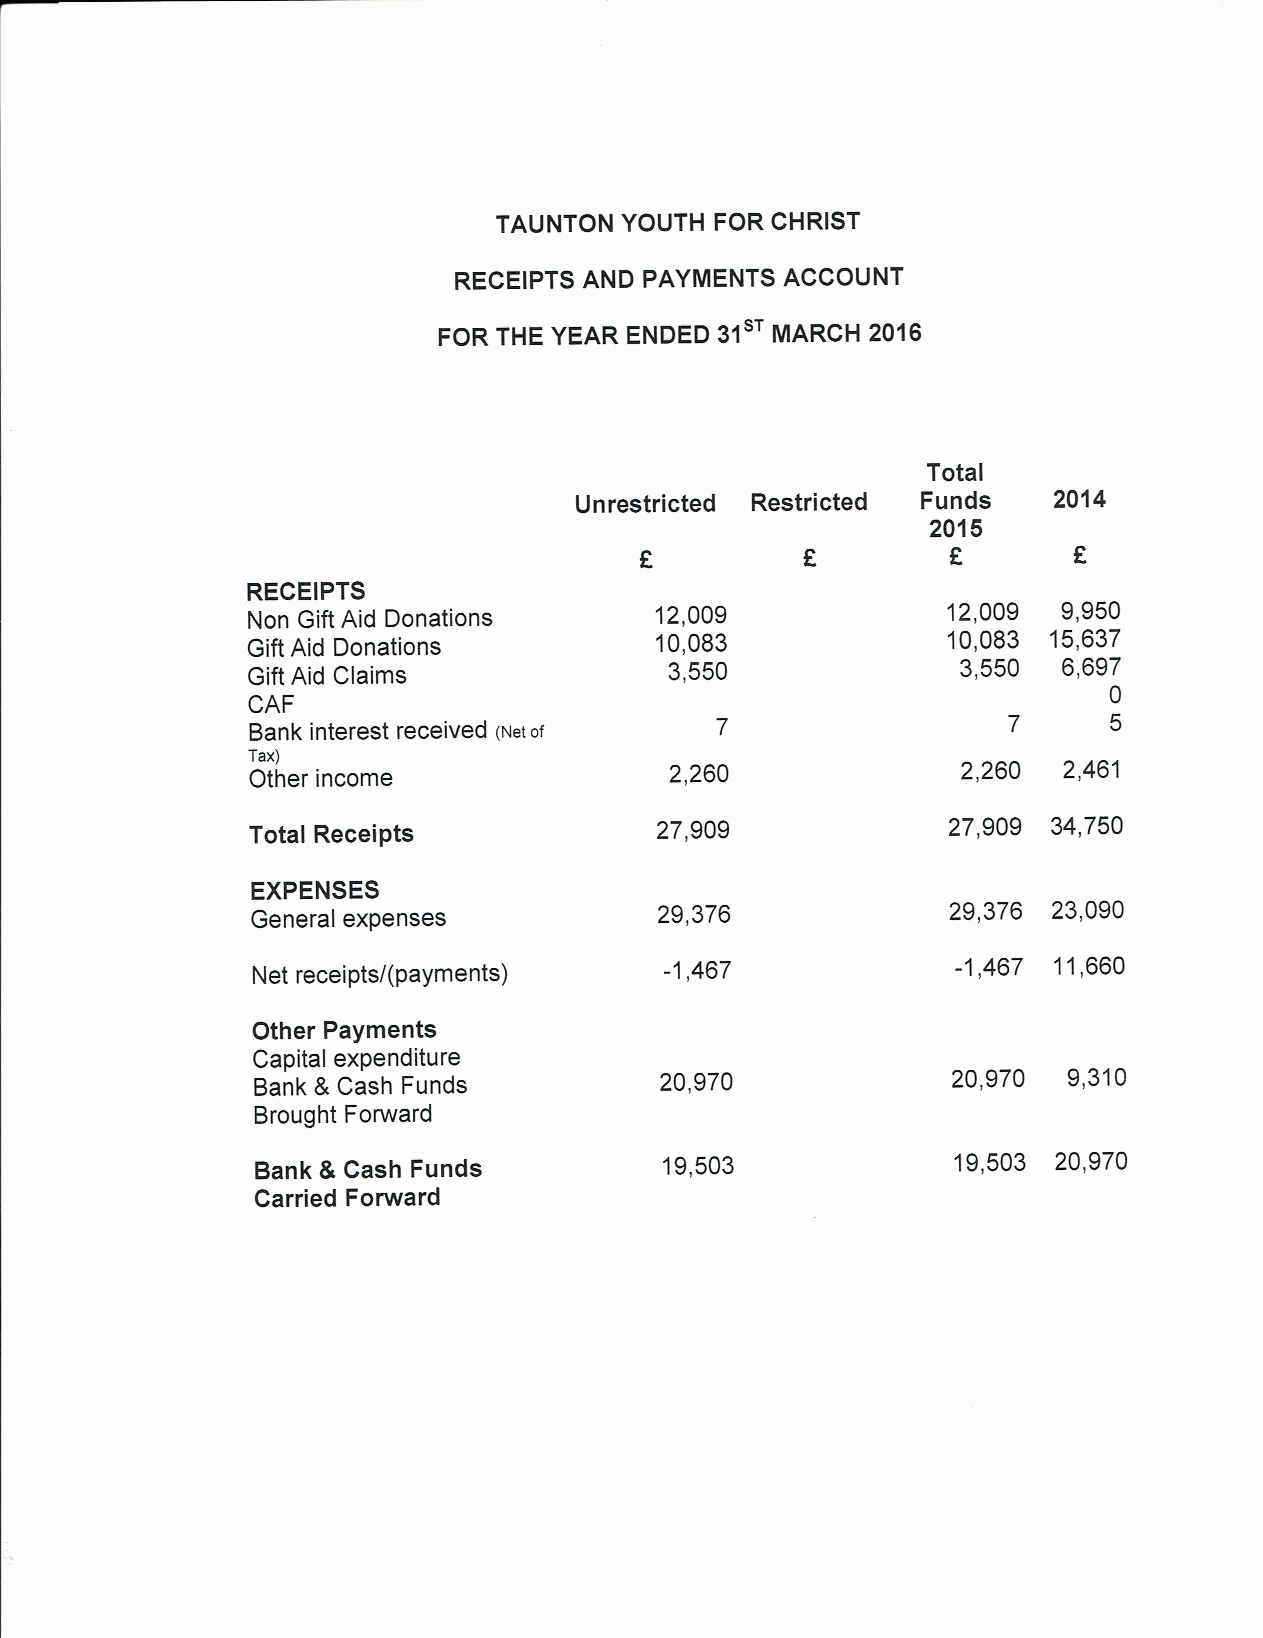
TAUNTON YOUTH FOR CHRIST
 RECEIPTS AND PAYMENTS ACCOUNT
 FOR THE YEAR ENDED 31 MARCH  2016
 Total
 Unrestricted Restricted Funds   2014
 2015
 F          F                 E
 RECEIPTS
 Non Gift Aid Donations     12,009              12,009 9,950
 Gift Aid Donations
 10,083              10,083 15,637
 Gift Aid Claims             3,550               3,550 6,697
 0
 CAF
 5
 Bank interest received (Net of
 Tax)
 Other income               2,260               2,260 2,461
 Total Receipts            27,909              27,909 34,750
 EXPENSES
 General expenses           29,376             29,376 23,090
 -1,467             -1,467 11,660
 Net receipts/(payments)
 Other Payments
 Capital expenditure
 Bank 8 Cash Funds          20,970             20,970  9,310
 Brought Forward
 Bank &Cash Funds           19,503             19,503 20,970
 Carried Forward